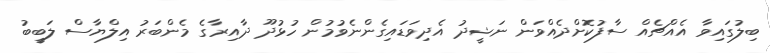
ބިލުގައިވާ އެއްޗެއް ސާފުކޮށްދެއްވަން ނަޝީދު އެދިވަޑައިގެންނެވުމުން ހުޅުދޫ ދާއިރާގެ މެންބަރު އިލްޔާސް ލަބީބު